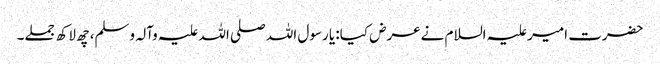
حضرت امیرعلیہ السلام نےعرض کیا: یا رسول اللہ صلی اللہ علیہ وآلہ وسلم، چھ لاکھ جملے۔